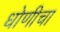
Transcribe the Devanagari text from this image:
धोणीचा